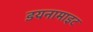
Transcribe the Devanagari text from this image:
डयनामाइट